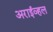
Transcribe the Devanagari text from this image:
अराईव्हल